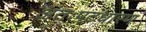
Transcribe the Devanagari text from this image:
अंतःपटधारण